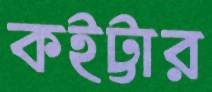
কইট্টার